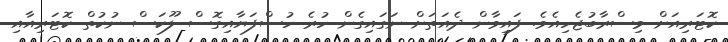
ކޮޓަރިއަށް މިސްރާބުޖެހިއެވެ. ފައިވާން ދެއަތަށް ނަގައިގެން ހުރެ ހުސްފަޔާއިގޮސް ލޫކަސް ނުކުތް ކޮޓަރިއާއި